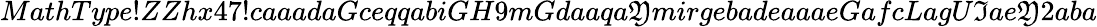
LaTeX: MathType!ZZhx47!caaadaGceqqabiGH9mGdaaqa\mathfrak{Y}mirgebadeaaaeGafcLagU\mathfrak{I}ae\mathfrak{Y}2aba